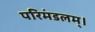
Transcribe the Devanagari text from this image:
परिमंडलम्।